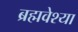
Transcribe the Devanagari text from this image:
ब्रह्मवेश्या